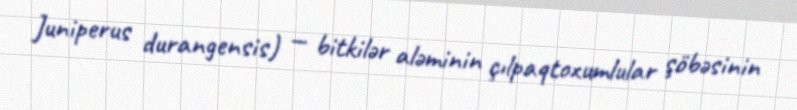
Juniperus durangensis) — bitkilər aləminin çılpaqtoxumlular şöbəsinin